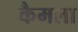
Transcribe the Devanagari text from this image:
कैमला